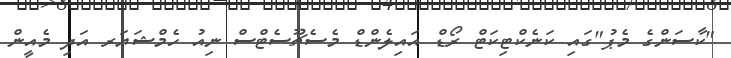
"ކާސަންގެ މެޕު"ގައި ކަނެކްޓިކަޓް ރޯޑް އައިލެންޑް މެސެޗޫސެޓްސް ނިއު ހެމްޝަޔަރ އަދި މެއީން